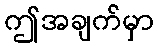
ဤအချက်မှာ